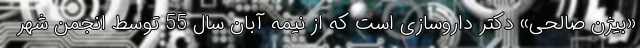
«بیژن صالحی» دکتر داروسازی است که از نیمه آبان سال 55 توسط انجمن شهر